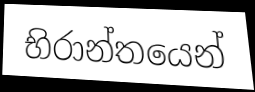
භිරාන්තයෙන්